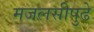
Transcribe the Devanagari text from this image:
मजलसीपुढे